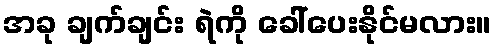
အခု ချက်ချင်း ရဲကို ခေါ်ပေးနိုင်မလား။